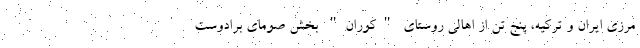
مرزی ایران و ترکیه، پنج تن از اهالی روستای "کوران" بخش صومای برادوست